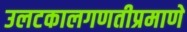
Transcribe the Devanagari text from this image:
उलटकालगणतीप्रमाणे